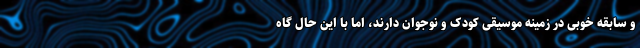
و سابقه خوبی در زمینه موسیقی کودک و نوجوان دارند، اما با این حال گاه